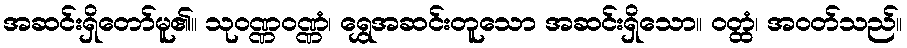
အဆင်းရှိတော်မူ၏။ သုဝဏ္ဏဝဏ္ဏံ၊ ရွှေအဆင်းတူသော အဆင်းရှိသော။ ဝတ္ထံ၊ အဝတ်သည်။